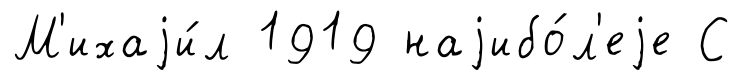
М'ихаjи́л 1919 наjибо́л'еjе С